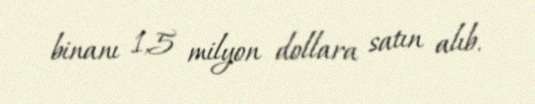
binanı 1,5 milyon dollara satın alıb.